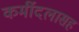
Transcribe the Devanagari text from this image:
कर्मीदलासह